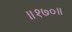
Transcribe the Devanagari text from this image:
॥१७०॥